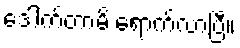
ဒေါက်တာမိ ရောက်လာပြီ။